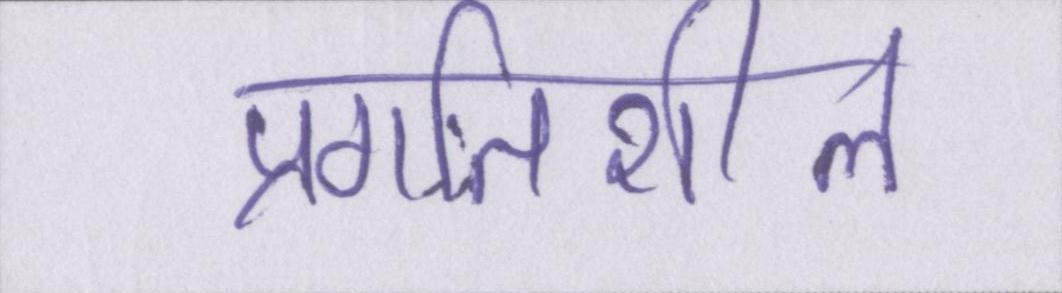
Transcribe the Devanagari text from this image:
प्रगतिशील